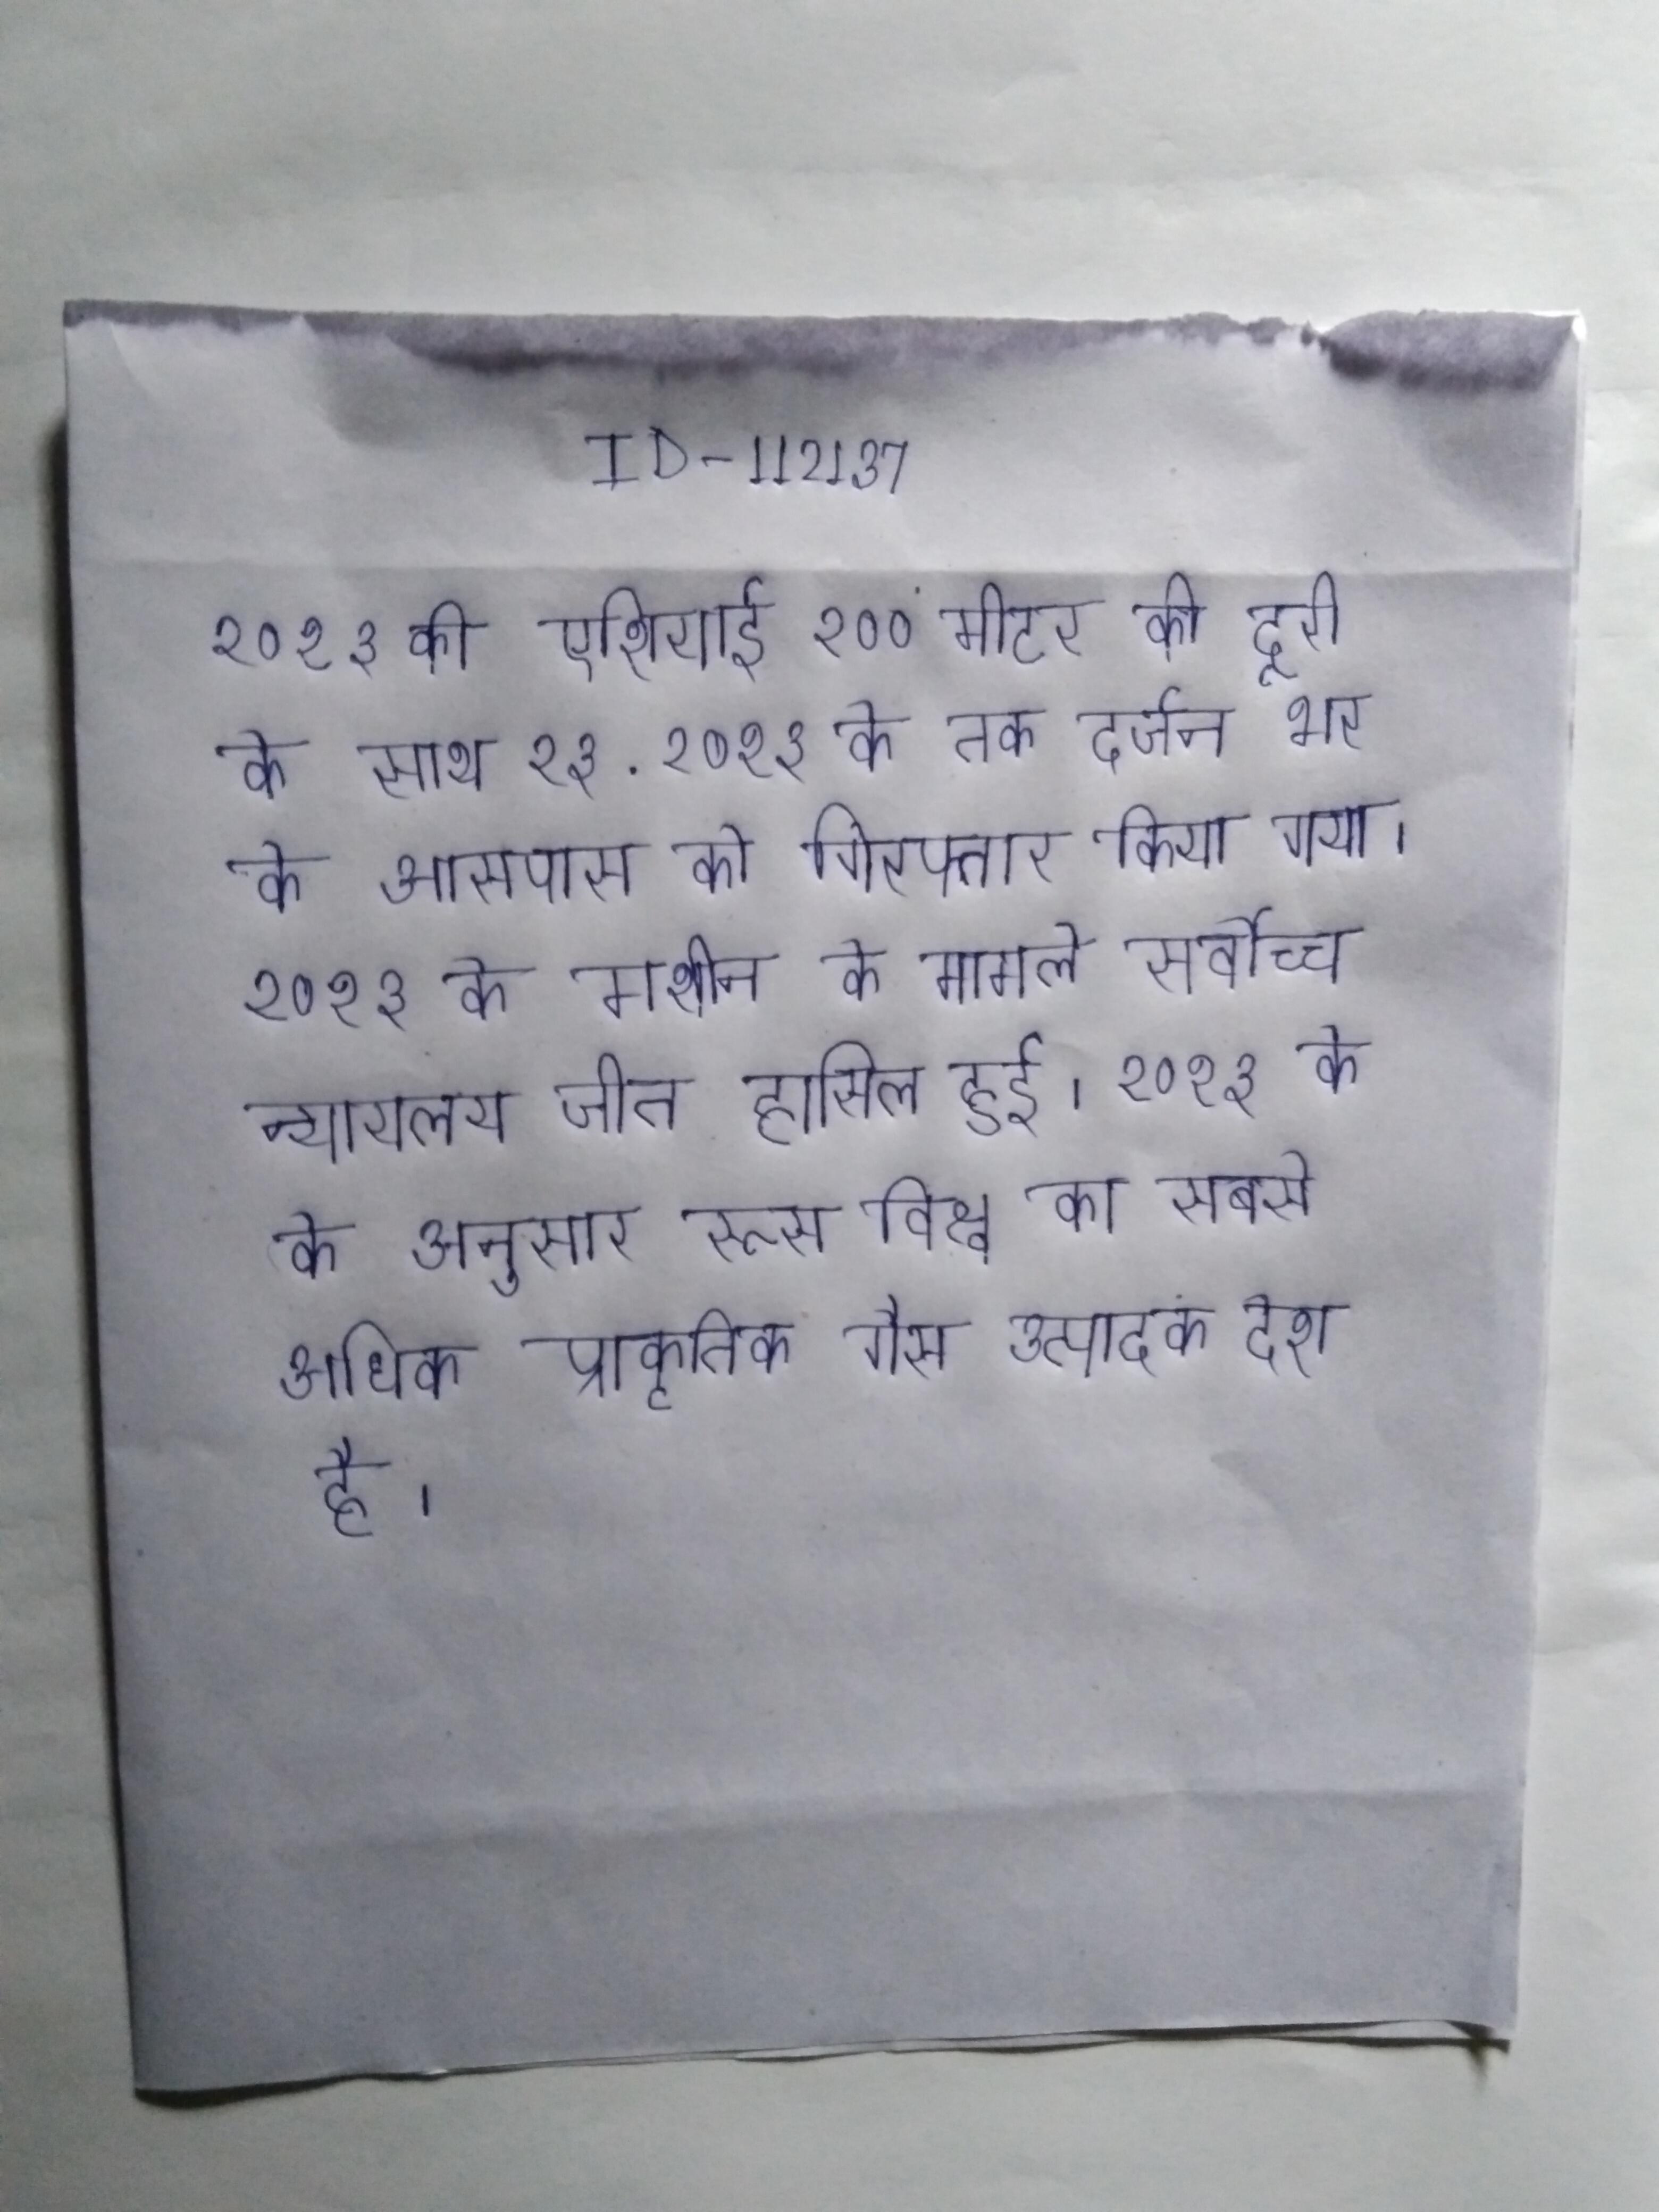
२०१३ की एशियाई २०० मीटर की दूरी के साथ २३ . २०१३ के तक दर्जन भर के आसपास को गिरफ्तार किया गया । २०१३ के मशीन के मामले सर्वोच्च न्यायलय जीत हासिल हुई । २०१३ के के अनुसार रूस विश्व का सबसे अधिक प्राकृतिक गैस उत्पादक देश है ।